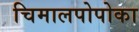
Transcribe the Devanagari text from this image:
चिमालपोपोका